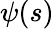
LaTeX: \psi(s)